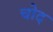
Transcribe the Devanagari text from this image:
चोद